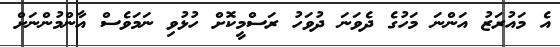
އެ މައުރަޒު އަންނަ މަހުގެ ދެވަނަ ދުވަހު ރަސްމީކޮށް ހުޅުވި ނަމަވެސް އާންމުންނަށް